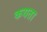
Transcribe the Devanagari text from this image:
कयता